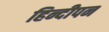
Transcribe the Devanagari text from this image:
हिन्दीपन